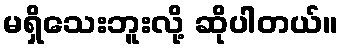
မရှိသေးဘူးလို့ ဆိုပါတယ်။